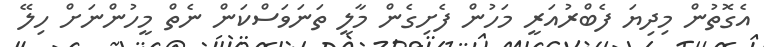
އެގޮތުން މިދިޔަ ފެބްރުއަރީ މަހުން ފެށިގެން މާލީ ތަނަވަސްކަން ނެތް މީހުންނަށް ހިލޭ